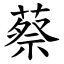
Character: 蔡